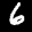
Label: 6